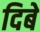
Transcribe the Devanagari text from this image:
दिबे